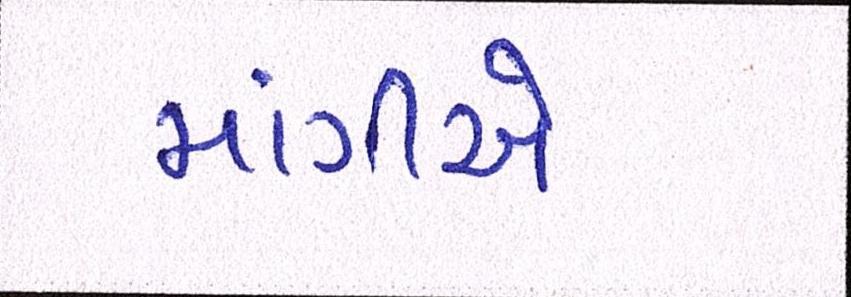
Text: માંગીએ